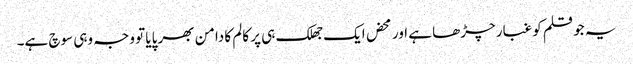
یہ جو قلم کو غبار چڑھا ہے اور محض ایک جھلک ہی پر کالم کا دامن بھر پایا تو وجہ وہی سوچ ہے۔